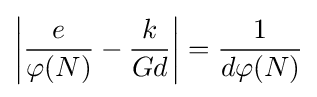
\left|{\frac {e}{\varphi (N)}}-{\frac {k}{Gd}}\right\vert ={\frac {1}{d\varphi (N)}}